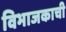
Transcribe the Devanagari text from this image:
विभाजकाची